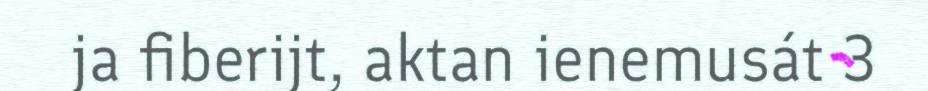
ja fiberijt, aktan ienemusát 3